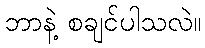
ဘာနဲ့ စချင်ပါသလဲ။